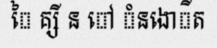
ៃ គ្សី ន ៅ ំនងោីត